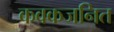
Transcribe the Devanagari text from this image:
कवकजनित